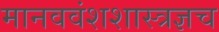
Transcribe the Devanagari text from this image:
मानववंशशास्त्रज्ञच